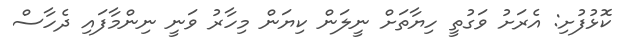
ކޮޅުފުށި: އެރަށު ވަގުތީ ހިޔާތަށް ނީލަން ކިޔަން މިހާރު ވަނީ ނިންމާފައި ދެހާސް